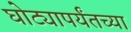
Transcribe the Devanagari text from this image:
घोट्यापर्यंतच्या